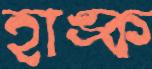
হাঙ্ক